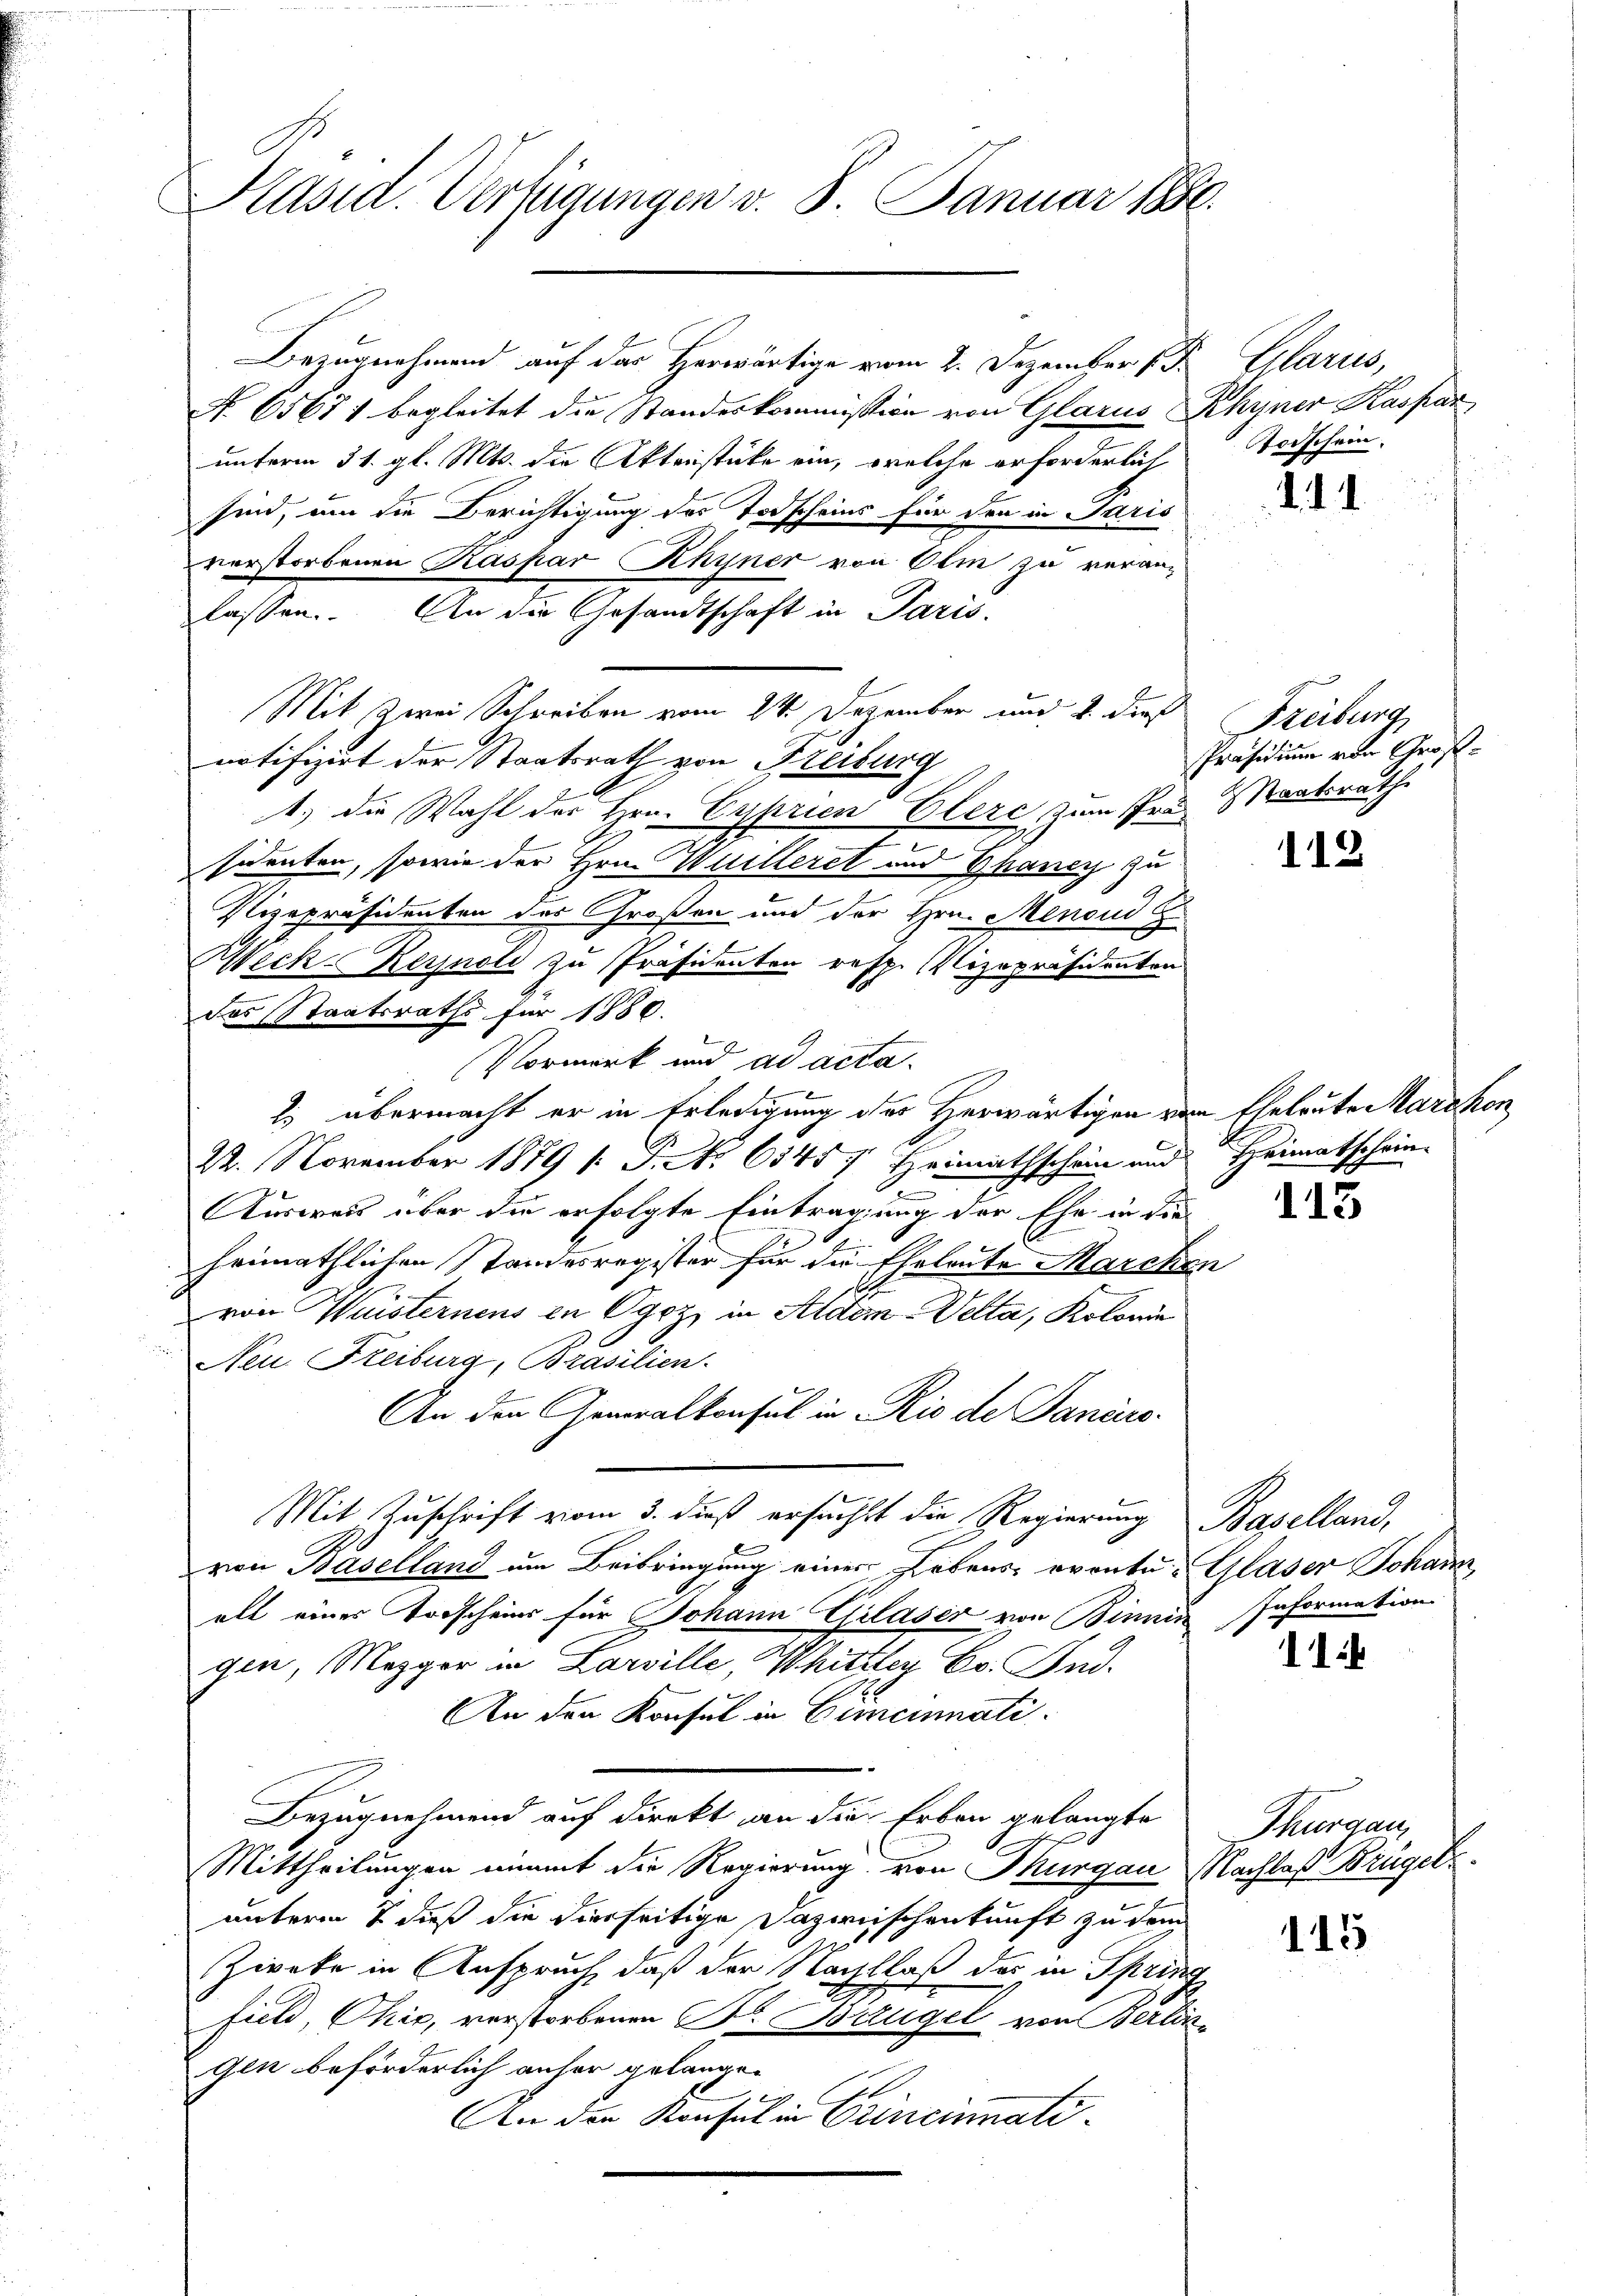
Präsid. Verfügungen v. 8. Januar 1886.

Bezugnehmend auf der Herwärtige vom 2. Dezember 13.
No. 65671 begleitet die Standeskommission von Glarus Rhyner Kaspar
unterm 31. gl. Mts. die Aktenstücke ein, welche erforderlich
sind, um die Berichtigung der Todscheins für den in Paris
verstorbenen Raspar Rhyner von Olm zu veranlassen. An die Gesandtschaft in Paris
Mit Zwei Schreiben vom 24. Dezember und 2. dieß Freiburg,
notifizirt der Staatsrath von Freibung
1.) die Wahl der Hrn. Cyprien Eleze, zum Prä Staatsrathe
sidenten, sowie der Hrn. Willeret und Bhancy zu
Vizepräsidenten des Großen und der Hrn. Menoud
Weck-Reynoli zu Präsidenten resp. Vizepräsidenten
das Staatsraths für 1880.
Vormerk und ad acta.
2. übermacht er in Erledigung der Herwärtigen vom Eheleute Marchen
22. November 1879 /: J. No. 6545, Freimathschein und Heimatschein-
s
Ausweis über die erfolgte Eintragung der Ehe in die
heimathlichen Standesregister für die Eheleute Marchen
von Weisternens in Ogoz, in Aldem Welta, Kolonie
Neu. Freiburg, Brasilien.
An den Generalkonsul in Rio de Janeiro
Mit Zuschrift vom 3. dieß ersucht die Regierung Baselland,
von Baselland um Beibringung einer Lebens, evente. Glaser Johann,
alt einer Vorschein für Johann Glaser von Binnin
gen, Mezger in Larville, Whitzley Co. And.
An den Konsul in Gemeinati¬
Bezugnehmend auf direkt an die Erben gelangte
Mittheilungen nimmt die Regierung von Thurgau Nachlaß Brügel
unterm 7. daß die hierseitige Dazwischenkunft zu dem
Zwreke in Anspruch, daß der Nachlaß das in Spring
fiel, Chis, verstorbenen Fr. Brügel von Berlin¬
Gen beförderlich anher gelangen
An den Konsul in Princiati¬

Pare
oischein.

d. d.

Präsidium von Groß¬

112

113

Information.

11

Thurgau

115